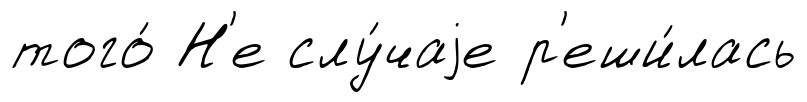
того́ Н'е слу́чаjе р'еши́лась